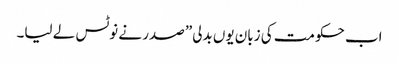
اب حکومت کی زبان یوں بدلی” صدر نے نوٹس لے لیا۔